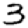
Digit: 3